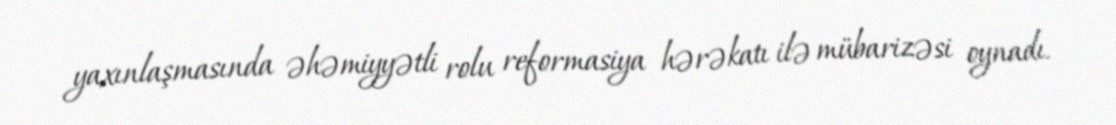
yaxınlaşmasında əhəmiyyətli rolu reformasiya hərəkatı ilə mübarizəsi oynadı.